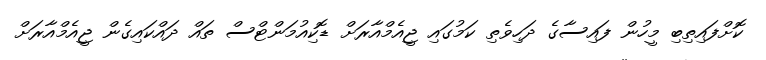
ކޮށްފައިތިބި މީހުން ފައިސާގެ ދަހިވެތި ކަމުގައި ޖީއެމްއާރަށް ޑޮކިއުމަންޓްސް ތައް ދައްކައިގެން ޖީއެމްއާރަށް